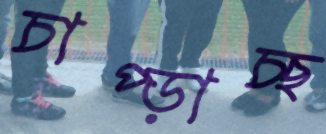
চাপ্‌ড়াচ্ছ